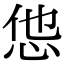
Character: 怹